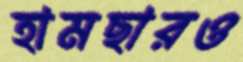
হামছারও